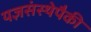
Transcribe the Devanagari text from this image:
यज्ञसंस्थेपैकी